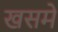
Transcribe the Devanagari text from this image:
खसमे